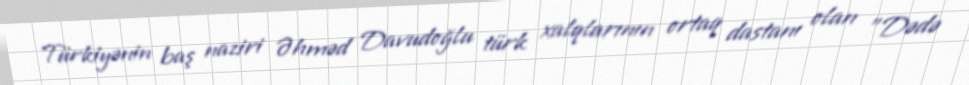
Türkiyənin baş naziri Əhməd Davudoğlu türk xalqlarının ortaq dastanı olan "Dədə